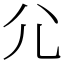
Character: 尣